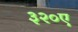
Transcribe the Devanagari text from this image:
३२०ए